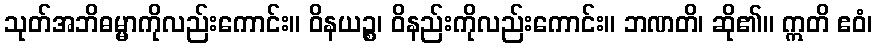
သုတ်အဘိဓမ္မာကိုလည်းကောင်း။ ဝိနယဉ္စ၊ ဝိနည်းကိုလည်းကောင်း။ ဘဏတိ၊ ဆို၏။ ဣတိ ဧဝံ၊